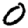
Digit: 0